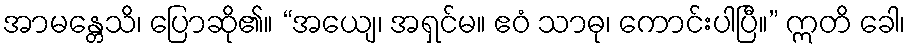
အာမန္တေသိ၊ ပြောဆို၏။ “အယျေ၊ အရှင်မ။ ဧဝံ သာဓု၊ ကောင်းပါပြီ။” ဣတိ ခေါ၊